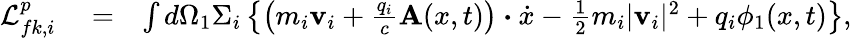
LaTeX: \begin{array}{rlr}{\mathcal{L}_{fk,i}^{p}}&{{}=}&{\int d\Omega_{1}\Sigma_{i}\left\{ \left(m_{i}\textbf{v}_{i}+\frac{q_{i}}{c}\textbf{A}(x,t)\right)\boldsymbol{\boldsymbol{\cdot}}\dot{x}-\frac{1}{2}m_{i}|\textbf{v}_{i}|^{2}+q_{i}\phi_{1}(x,t)\right\} ,}\end{array}